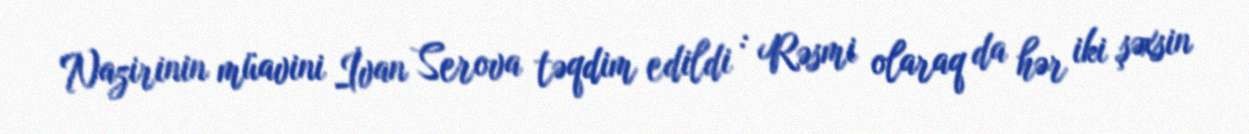
Nazirinin müavini İvan Serova təqdim edildi : Rəsmi olaraq da hər iki şəxsin